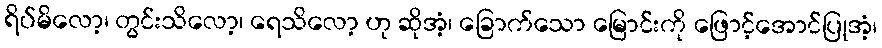
ရိပ်မိလော့၊ တွင်းသိလော့၊ ရေသိလော့ ဟု ဆိုအံ့၊ ခြောက်သော မြောင်းကို ဖြောင့်အောင်ပြုအံ့၊